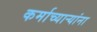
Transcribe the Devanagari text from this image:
कर्माच्यार्‍यांना